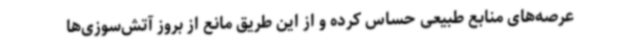
عرصه‌های منابع طبیعی حساس کرده و از این طریق مانع از بروز آتش‌سوزی‌ها